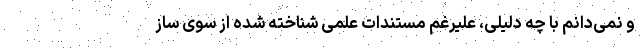
و نمی‌دانم با چه دلیلی، علیرغم مستندات علمی شناخته شده از سوی ساز